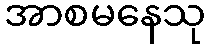
အာစမနေသု